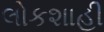
લોકશાહી